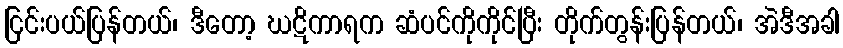
ငြင်းပယ်ပြန်တယ်၊ ဒီတော့ ဃဋိကာရက ဆံပင်ကိုကိုင်ပြီး တိုက်တွန်းပြန်တယ်၊ အဲဒီအခါ